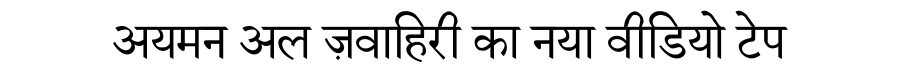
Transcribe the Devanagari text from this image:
अयमन अल ज़वाहिरी का नया वीडियो टेप